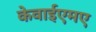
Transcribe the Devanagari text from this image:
केवाईएमए